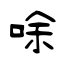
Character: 唋